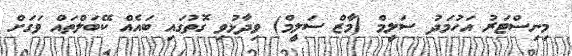
މިނިސްޓަރު އަހުމަދު ސަލީމް (މާޒް ސަލީމް) ވިދާޅުވި ގޮތުގައި ބައެއް ކޭބަލްތައް ވަގަށް